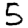
Digit: 5